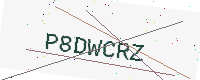
Text: P8DWCRZ